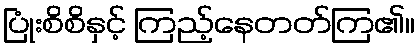
ပြုံးစိစိနှင့် ကြည့်နေတတ်ကြ၏။